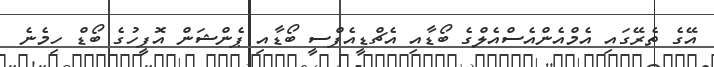
އޭގެ ތެރޭގައި އެމްއެންއެސްއެލްގެ ބޯޑާއި އެޗްޑީއެފްސީ ބޯޑާއި ޕެންޝަން އޮފީހުގެ ބޯޑް ހިމެނެ